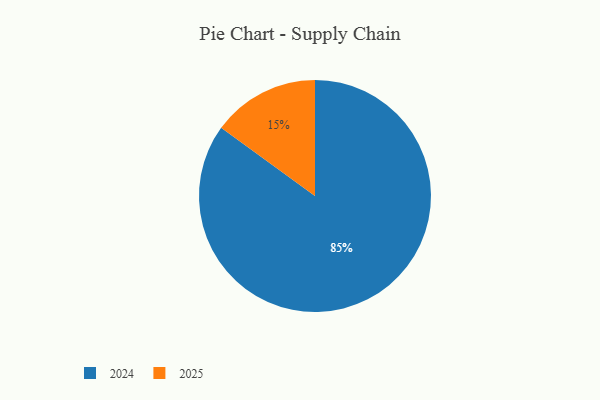
{"axis": {"x": "Category", "y": "Percentage"}, "legend": ["2024", "2025"], "data": [{"x": "2025", "y": 15, "type": "2025"}, {"x": "2024", "y": 85, "type": "2024"}]}